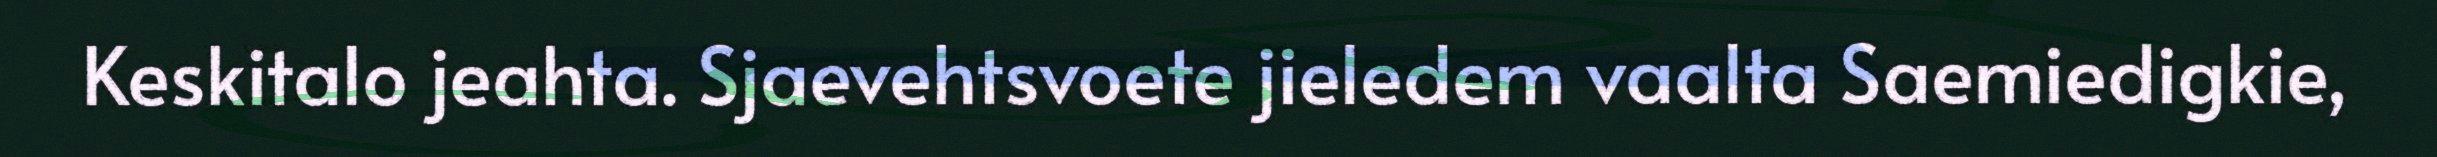
Keskitalo jeahta. Sjaevehtsvoete jieledem vaalta Saemiedigkie,